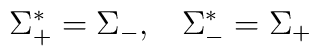
\Sigma_{+}^{*}=\Sigma_{-},\;\;\;\Sigma_{-}^{*}=\Sigma_{+}